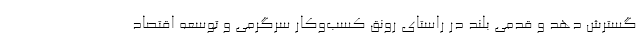
گسترش دهد و قدمی بلند در راستای رونق کسب‌وکار سرگرمی و توسعه اقتصاد